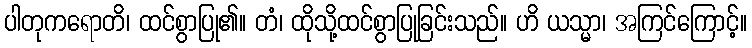
ပါတုကရောတိ၊ ထင်စွာပြု၏။ တံ၊ ထိုသို့ထင်စွာပြုခြင်းသည်။ ဟိ ယသ္မာ၊ အကြင်ကြောင့်။